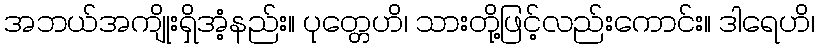
အဘယ်အကျိုးရှိအံ့နည်း။ ပုတ္တေဟိ၊ သားတို့ဖြင့်လည်းကောင်း။ ဒါရေဟိ၊